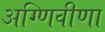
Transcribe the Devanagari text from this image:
अग्णिवीणा